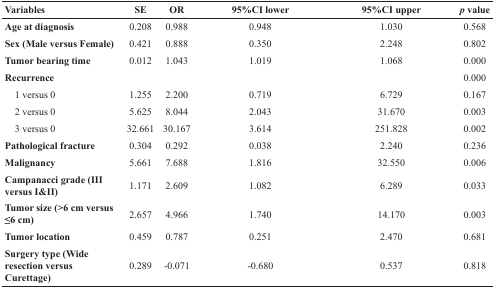
<table><thead><tr><td><b>Variables</b></td><td><b>SE</b></td><td><b>OR</b></td><td><b>95%CI lower</b></td><td><b>95%CI upper</b></td><td><b><i>p</i> value</b></td></tr></thead><tbody><tr><td><b>Age at diagnosis</b></td><td>0.208</td><td>0.988</td><td>0.948</td><td>1.030</td><td>0.568</td></tr><tr><td><b>Sex (Male versus Female)</b></td><td>0.421</td><td>0.888</td><td>0.350</td><td>2.248</td><td>0.802</td></tr><tr><td><b>Tumor bearing time</b></td><td>0.012</td><td>1.043</td><td>1.019</td><td>1.068</td><td>0.000</td></tr><tr><td><b>Recurrence</b></td><td></td><td></td><td></td><td></td><td>0.000</td></tr><tr><td> 1 versus 0</td><td>1.255</td><td>2.200</td><td>0.719</td><td>6.729</td><td>0.167</td></tr><tr><td> 2 versus 0</td><td>5.625</td><td>8.044</td><td>2.043</td><td>31.670</td><td>0.003</td></tr><tr><td> 3 versus 0</td><td>32.661</td><td>30.167</td><td>3.614</td><td>251.828</td><td>0.002</td></tr><tr><td><b>Pathological fracture</b></td><td>0.304</td><td>0.292</td><td>0.038</td><td>2.240</td><td>0.236</td></tr><tr><td><b>Malignancy</b></td><td>5.661</td><td>7.688</td><td>1.816</td><td>32.550</td><td>0.006</td></tr><tr><td><b>Campanacci grade (III versus I&amp;II)</b></td><td>1.171</td><td>2.609</td><td>1.082</td><td>6.289</td><td>0.033</td></tr><tr><td><b>Tumor size (&gt;6 cm versus ≤6 cm)</b></td><td>2.657</td><td>4.966</td><td>1.740</td><td>14.170</td><td>0.003</td></tr><tr><td><b>Tumor location</b></td><td>0.459</td><td>0.787</td><td>0.251</td><td>2.470</td><td>0.681</td></tr><tr><td><b>Surgery type (Wide resection versus Curettage)</b></td><td>0.289</td><td>-0.071</td><td>-0.680</td><td>0.537</td><td>0.818</td></tr></tbody></table>